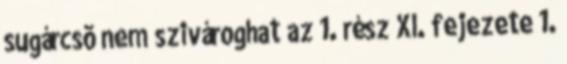
sugárcsõ nem szivároghat az 1. rész XI. fejezete 1.